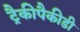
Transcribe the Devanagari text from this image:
ट्रैकीपैकीडी